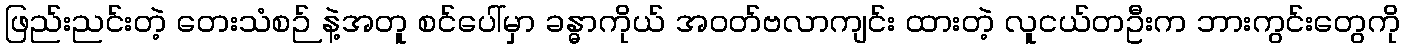
ဖြည်းညင်းတဲ့ တေးသံစဉ် နဲ့အတူ စင်ပေါ်မှာ ခန္ဓာကိုယ် အဝတ်ဗလာကျင်း ထားတဲ့ လူငယ်တဦးက ဘားကွင်းတွေကို